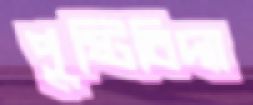
পুষ্টিবিদ্যা